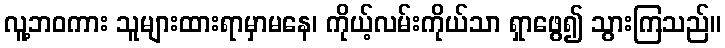
လူ့ဘဝကား သူများထားရာမှာမနေ၊ ကိုယ့်လမ်းကိုယ်သာ ရှာဖွေ၍ သွားကြသည်။